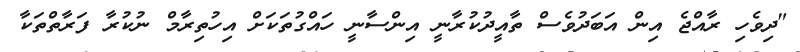
"ދިވެހި ރާއްޖެ އިން އަބަދުވެސް ތާއީދުކުރާނީ އިންސާނީ ހައްގުތަކަށް އިހުތިރާމް ނުކުރާ ފަރާތްތަކާ